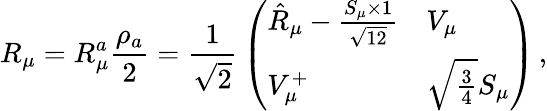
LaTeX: R_{\mu}=R_{\mu}^{a}{\frac{\rho_{a}}{2}}={\frac{1}{\sqrt{2}}}\left(\begin{array}{ll}{{\hat{R}_{\mu}-{\frac{S_{\mu}\times 1}{\sqrt{12}}}}}&{{V_{\mu}}}\\ {{V_{\mu}^{+}}}&{{\sqrt{\frac{3}{4}}S_{\mu}}}\end{array}\right)\, ,